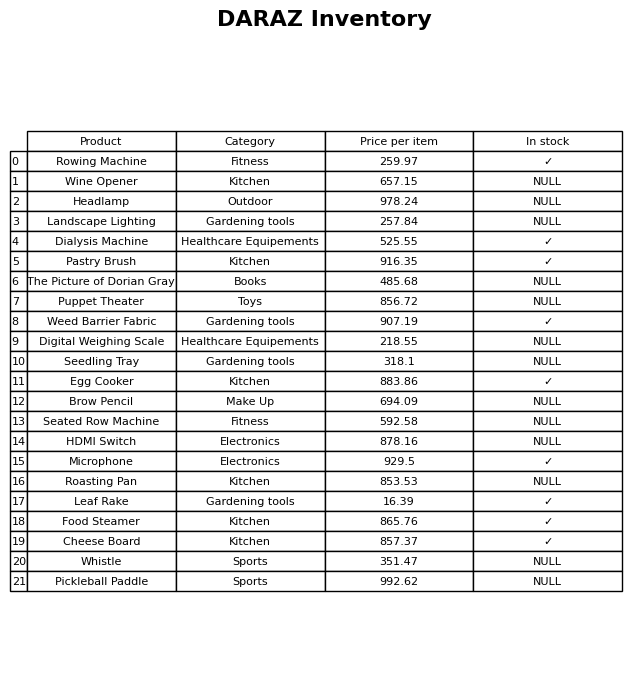
question: Is the Pastry Brush in stock?
answer: ✓